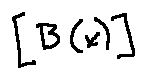
[ B ( x ) ]